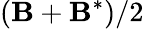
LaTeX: (\mathbf{B}+\mathbf{B}^{*})/2